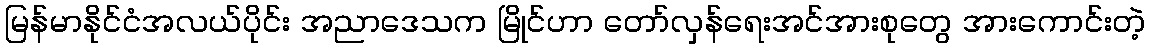
မြန်မာနိုင်ငံအလယ်ပိုင်း အညာဒေသက မြိုင်ဟာ တော်လှန်ရေးအင်အားစုတွေ အားကောင်းတဲ့